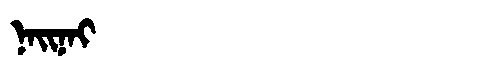
Manchu: ᠨᠠᡳᠨᠠᡳ
Romanization: NAINAI